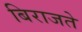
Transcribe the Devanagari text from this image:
बिराजते